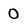
Character: 0